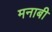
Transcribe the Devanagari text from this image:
मनाबी